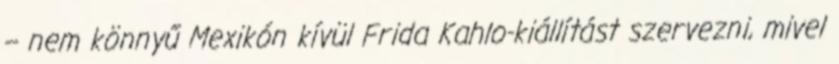
– nem könnyű Mexikón kívül Frida Kahlo-kiállítást szervezni, mivel